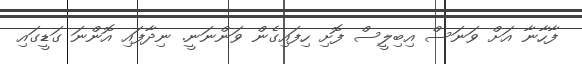
ފާހާނާ އަށް ވަނަސް އިބިލީސް ފޮށި ހިފައިގެން ވަންނަނީ. ނިދާފައި އޮންނަ ގަޑީގައި